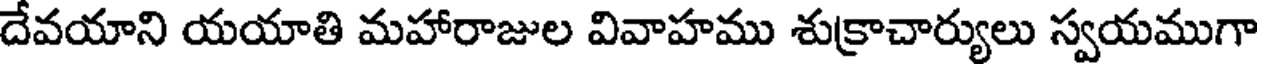
దేవయాని యయాతి మహారాజుల వివాహము శుక్రాచార్యులు స్వయముగా